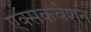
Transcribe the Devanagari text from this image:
एक्सकवेशन